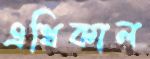
এথিকাল